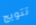
تتويج